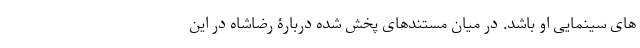
های سینمایی او باشد. در میان مستندهای پخش شده دربارۀ رضاشاه در این